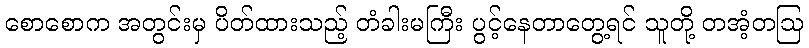
စောစောက အတွင်းမှ ပိတ်ထားသည့် တံခါးမကြီး ပွင့်နေတာတွေ့ရင် သူတို့ တအံ့တဩ